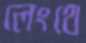
লেংথে